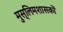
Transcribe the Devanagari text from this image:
मुस्लिमशासकों